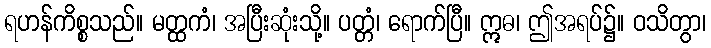
ရဟန်ကိစ္စသည်။ မတ္ထကံ၊ အပြီးဆုံးသို့။ ပတ္တံ၊ ရောက်ပြီ။ ဣဓ၊ ဤအရပ်၌။ ဝသိတွာ၊